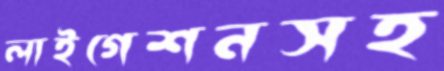
লাইগেশনসহ